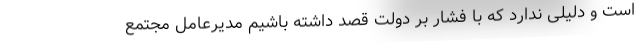
است و دلیلی ندارد که با فشار بر دولت قصد داشته باشیم مدیرعامل مجتمع